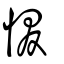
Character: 惙